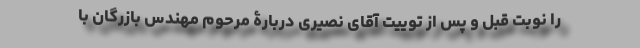
را نوبت قبل و پس از توییت آقای نصیری دربارۀ مرحوم مهندس بازرگان با